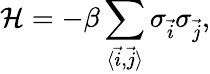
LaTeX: {\cal H}=-\beta\sum_{\langle\vec{i},\vec{j}\rangle}\sigma_{\vec{i}}\sigma_{\vec{j}},